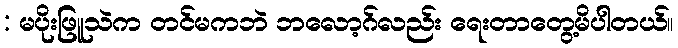
: မပိုးဖြူသဲက တင်မကဘဲ ဘလော့ဂ်လည်း ရေးတာတွေ့မိပါတယ်။